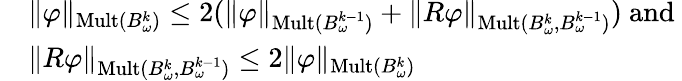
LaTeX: \begin{array}{rl}&{\| \varphi\| _{\mathrm{Mult}(B_{\omega}^{k})}\le 2(\| \varphi\| _{\mathrm{Mult}(B_{\omega}^{k-1})}+\| R\varphi\| _{\mathrm{Mult}(B_{\omega}^{k},B_{\omega}^{k-1})})\mathrm{~and~}}\\ &{\| R\varphi\| _{\mathrm{Mult}(B_{\omega}^{k},B_{\omega}^{k-1})}\le 2\| \varphi\| _{\mathrm{Mult}(B_{\omega}^{k})}}\end{array}